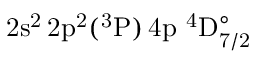
\mathrm { 2 s ^ { 2 } \, 2 p ^ { 2 } ( ^ { 3 } P ) \, 4 p ~ ^ { 4 } D _ { 7 / 2 } ^ { \circ } }